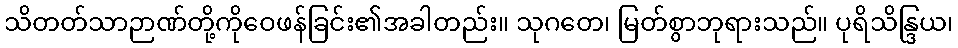
သိတတ်သာဉာဏ်တို့ကိုဝေဖန်ခြင်း၏အခါတည်း။ သုဂတေ၊ မြတ်စွာဘုရားသည်။ ပုရိသိန္ဒြယ၊